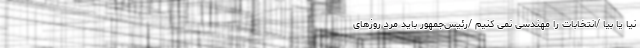
نیا یا بیا /انتخابات را مهندسی نمی کنیم /رئیس‌جمهور باید مرد روزهای